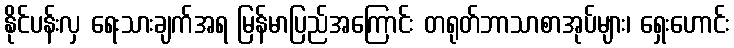
နိုင်ပန်းလှ ရေးသားချက်အရ မြန်မာပြည်အကြောင်း တရုတ်ဘာသာစာအုပ်များ၊ ရှေးဟောင်း